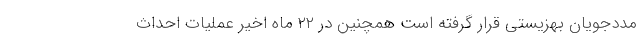
مددجویان بهزیستی قرار گرفته است همچنین در ۲۲ ماه اخیر عملیات احداث